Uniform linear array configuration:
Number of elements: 64
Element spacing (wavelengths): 0.25
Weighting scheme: blackman
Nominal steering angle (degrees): -30
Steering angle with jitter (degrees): -28.857
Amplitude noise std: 0.05
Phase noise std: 0.05

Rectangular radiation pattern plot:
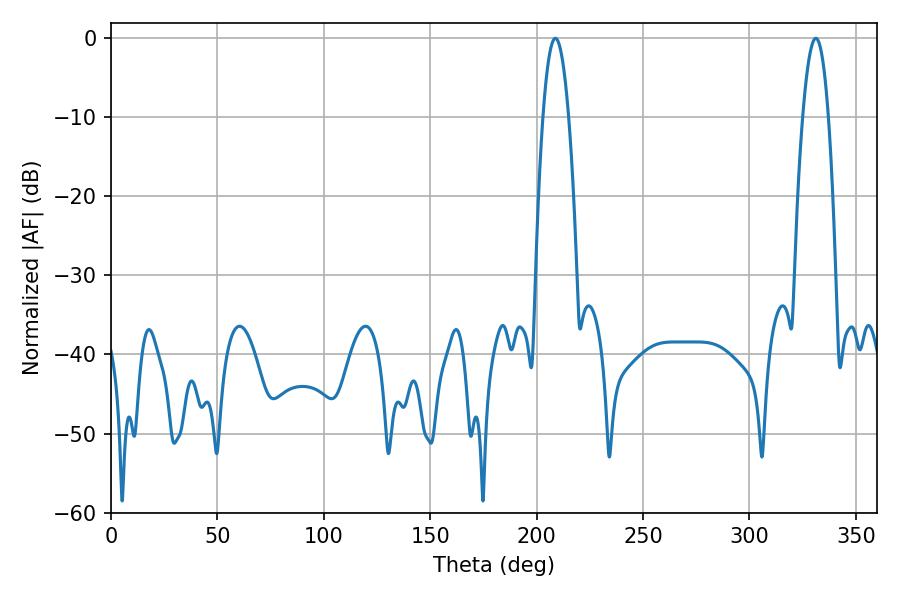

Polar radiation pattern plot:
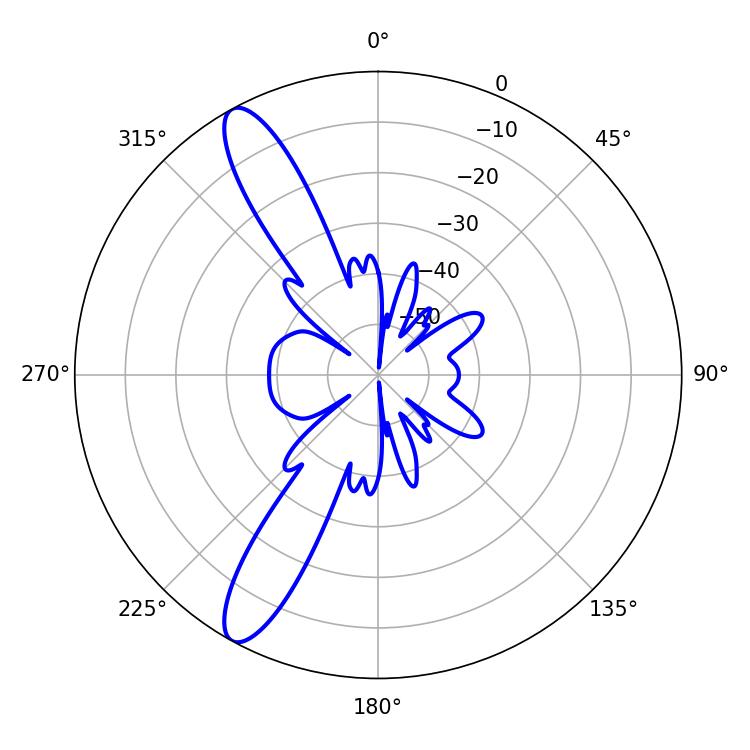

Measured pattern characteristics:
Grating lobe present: FALSE
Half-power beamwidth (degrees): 6.66
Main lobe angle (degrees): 208.8